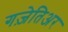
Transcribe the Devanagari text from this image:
गज़ेतिअर